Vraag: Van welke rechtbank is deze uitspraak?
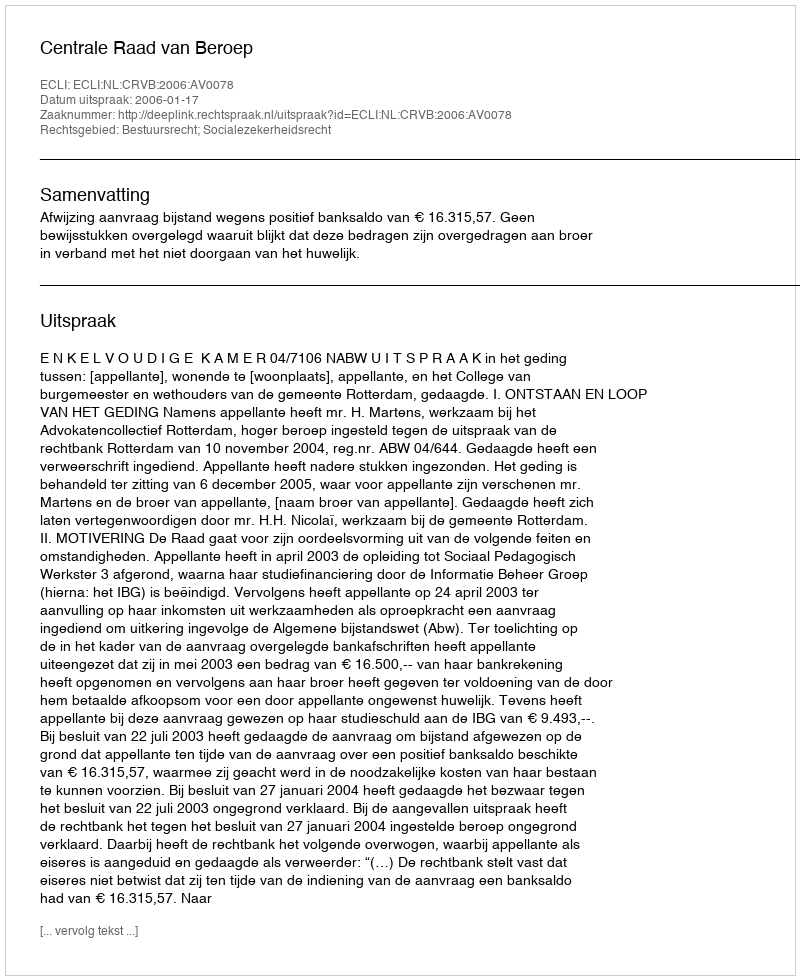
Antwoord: Centrale Raad van Beroep